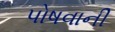
પોષવાની